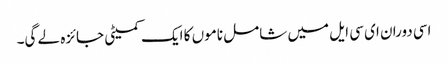
اسی دوران ای سی ایل میں شامل ناموں کا ایک کمیٹی جائزہ لے گی۔